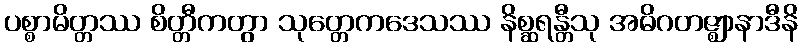
ပစ္စာမိတ္တဿ စိတ္တီကတွာ သုတ္တေကဒေသဿ နိစ္ဆရန္တီသု အဓိဂတဇ္ဈာနာဒီနိ